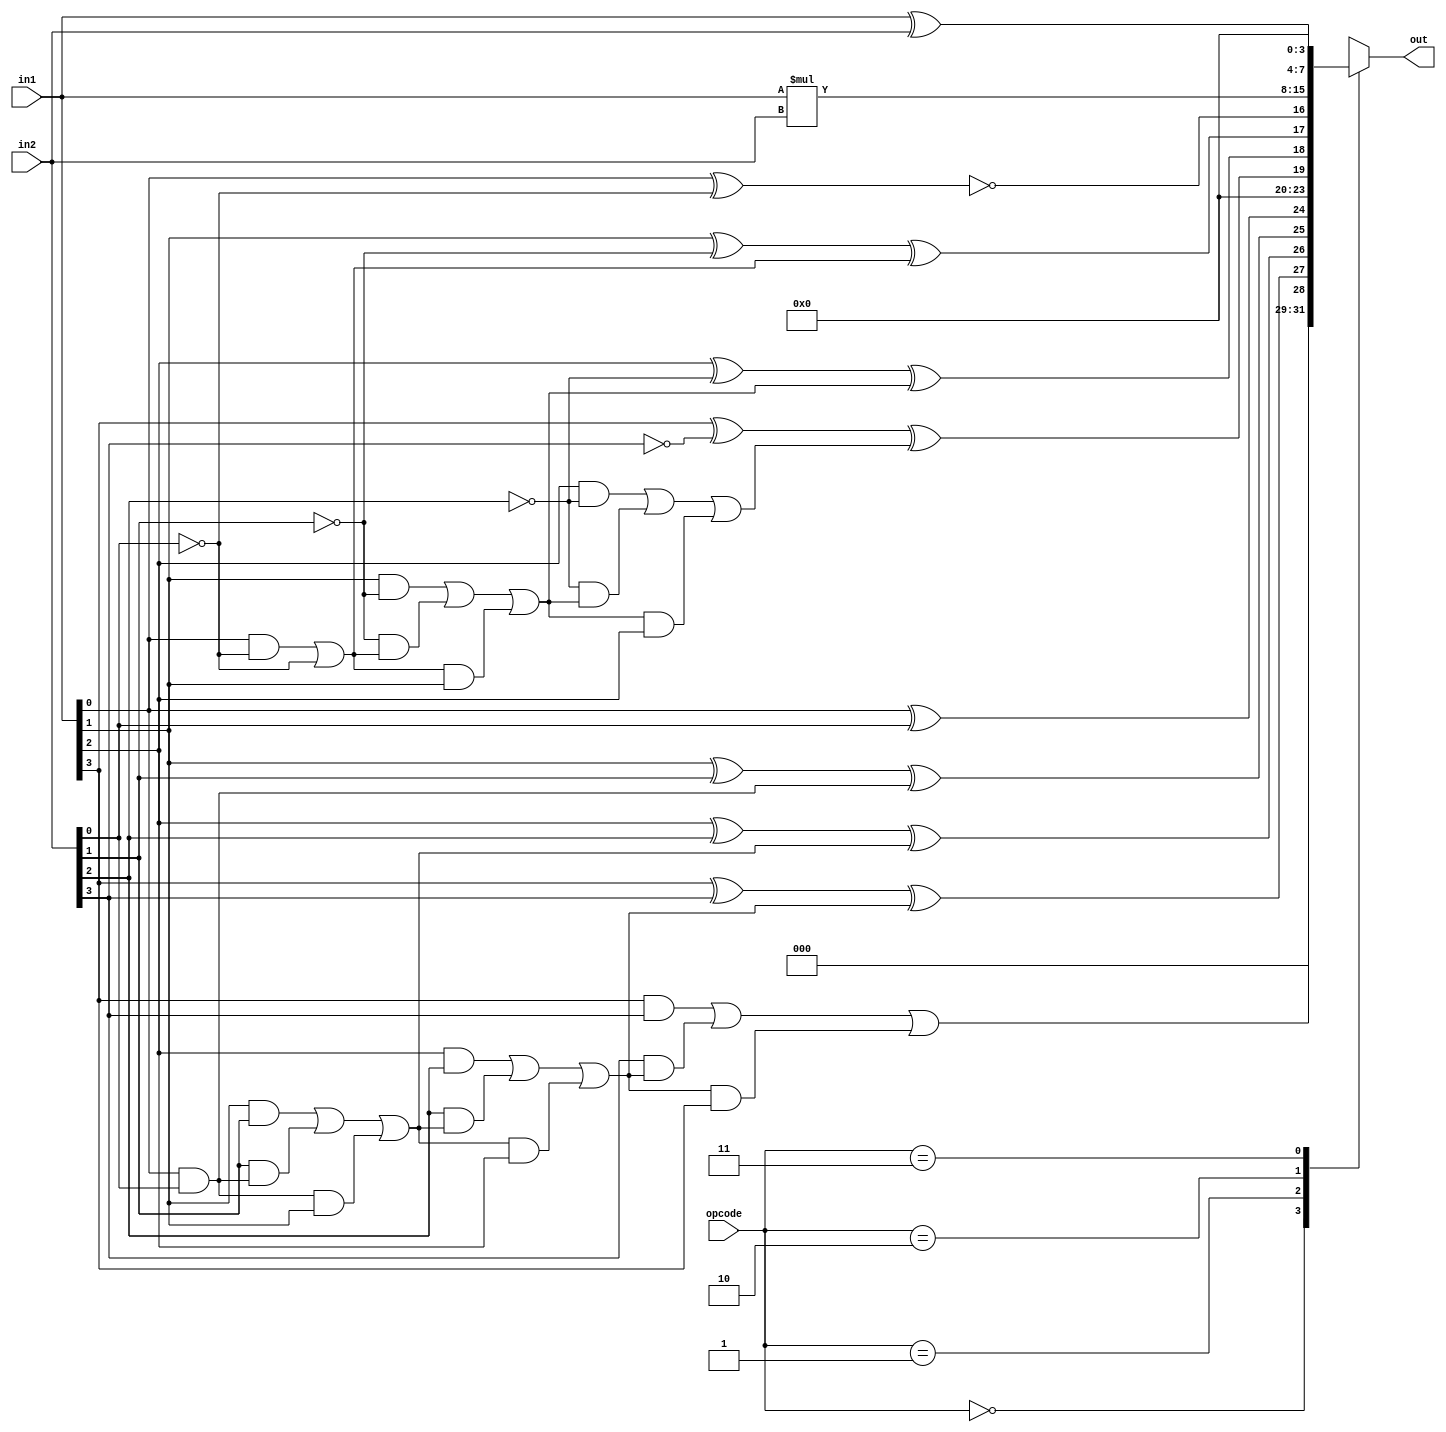
`timescale 1ns / 1ps
//////////////////////////////////////////////////////////////////////////////////
// Company: 
// Engineer: 
// 
// Design Name: 
// Module Name:    ALU 
// Project Name: 
// Target Devices: 
// Tool versions: 
// Description: 
//
// Dependencies: 
//
// Revision: 
// Revision 0.01 - File Created
// Additional Comments: 
//
//////////////////////////////////////////////////////////////////////////////////
module ALU(opcode,in1,in2,out);
parameter ADD=2'b00,
			 SUB=2'b01,
			 MUL=2'b10,
			 XOR_BIT=2'b11;
input [1:0] opcode;
input [3:0] in1,in2;
output reg [7:0] out;
reg temp_out0,temp_out1,temp_out2,temp_out3,temp_out4;
reg temp_car0,temp_car1,temp_car2,temp_car3;
always@( * ) begin
case(opcode)
ADD: begin
     temp_out0=(in1[0]^in2[0]);
	  temp_car0=(in1[0]&in2[0]);
	  temp_out1=(in1[1]^in2[1]^temp_car0);
	  temp_car1=(in1[1]&in2[1])|(in2[1]&temp_car0)|(temp_car0&in1[1]);
	  temp_out2=(in1[2]^in2[2]^temp_car1);
	  temp_car2=(in1[2]&in2[2])|(in2[2]&temp_car1)|(temp_car1&in1[2]);
	  temp_out3=(in1[3]^in2[3]^temp_car2);
	  temp_out4=(in1[3]&in2[3])|(in2[3]&temp_car2)|(temp_car2&in1[3]);
     out={temp_out4,temp_out3,temp_out2,temp_out1,temp_out0};
     end
SUB: begin
     temp_out0=(in1[0]^(~in2[0])^1'b1);
	  temp_car0=((in1[0]&(~in2[0]))|(~in2[0]&1'b1)|(in1[0]&1'b0));
	  temp_out1=(in1[1]^(~in2[1])^temp_car0);
	  temp_car1=(in1[1]&(~in2[1]))|((~in2[1])&temp_car0)|(temp_car0&in1[1]);
	  temp_out2=(in1[2]^(~in2[2])^temp_car1);
	  temp_car2=(in1[2]&(~in2[2]))|((~in2[2])&temp_car1)|(temp_car1&in1[2]);
	  temp_out3=(in1[3]^(~in2[3])^temp_car2);
     out={temp_out3,temp_out2,temp_out1,temp_out0};
     end
	  
MUL: begin
	  out=in1*in2; 
     end
	  
XOR_BIT : begin
          out=in1^in2;
          end
			 
default: out=8'dx;
endcase
end

endmodule